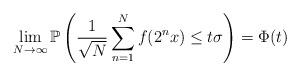
LaTeX: \begin{align*}\lim_{N\to\infty}\mathbb{P}\left(\frac{1}{\sqrt{N}}\sum_{n=1}^Nf(2^nx)\leq t\sigma\right)=\Phi(t)\end{align*}